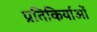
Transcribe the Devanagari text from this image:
प्रतिकिर्याओं